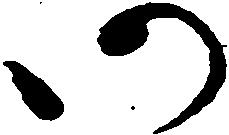
仍